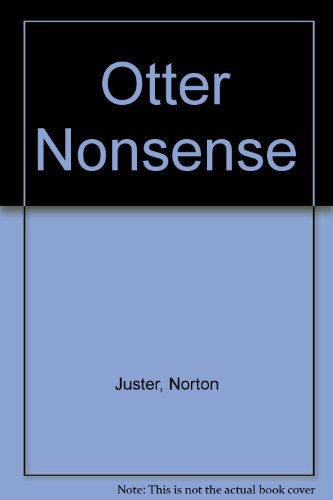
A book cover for Otter Nonsense; Norton Juster; Humor & Entertainment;